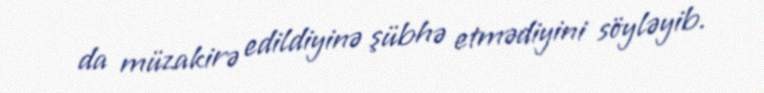
da müzakirə edildiyinə şübhə etmədiyini söyləyib.